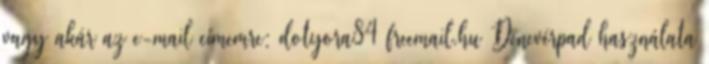
vagy akár az e-mail címemre: dotyora84 freemail.hu Denevérpad használata